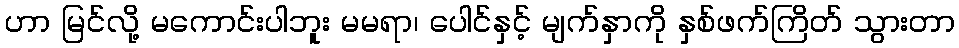
ဟာ မြင်လို့ မကောင်းပါဘူး မမရာ၊ ပေါင်နှင့် မျက်နှာကို နှစ်ဖက်ကြိတ် သွားတာ